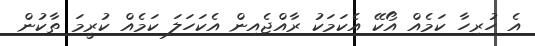
އެ ހުރިހާ ކަމެއް އޯކޭ އެކަމަކު ރާއްޖެއިން އެކަހަލަ ކަމެއް ކުރީމަ ތާކުން